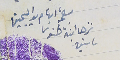
بصمة ابهام يد اليمين نزهه ابنة طنوس ساسين